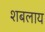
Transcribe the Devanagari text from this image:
शबलाय